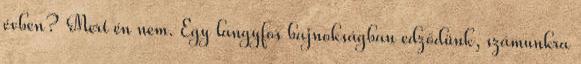
évben? Mert én nem. Egy langyfos bajnokságban edződünk, számunkra